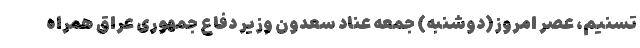
تسنیم، عصر امروز(دوشنبه) جمعه عناد سعدون وزیر دفاع جمهوری عراق همراه